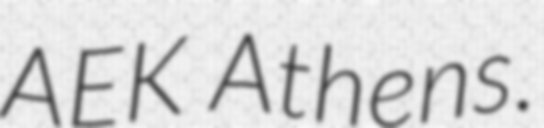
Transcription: AEK Athens.